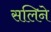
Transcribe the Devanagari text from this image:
सलिने